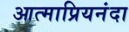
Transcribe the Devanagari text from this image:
आत्माप्रियनंदा